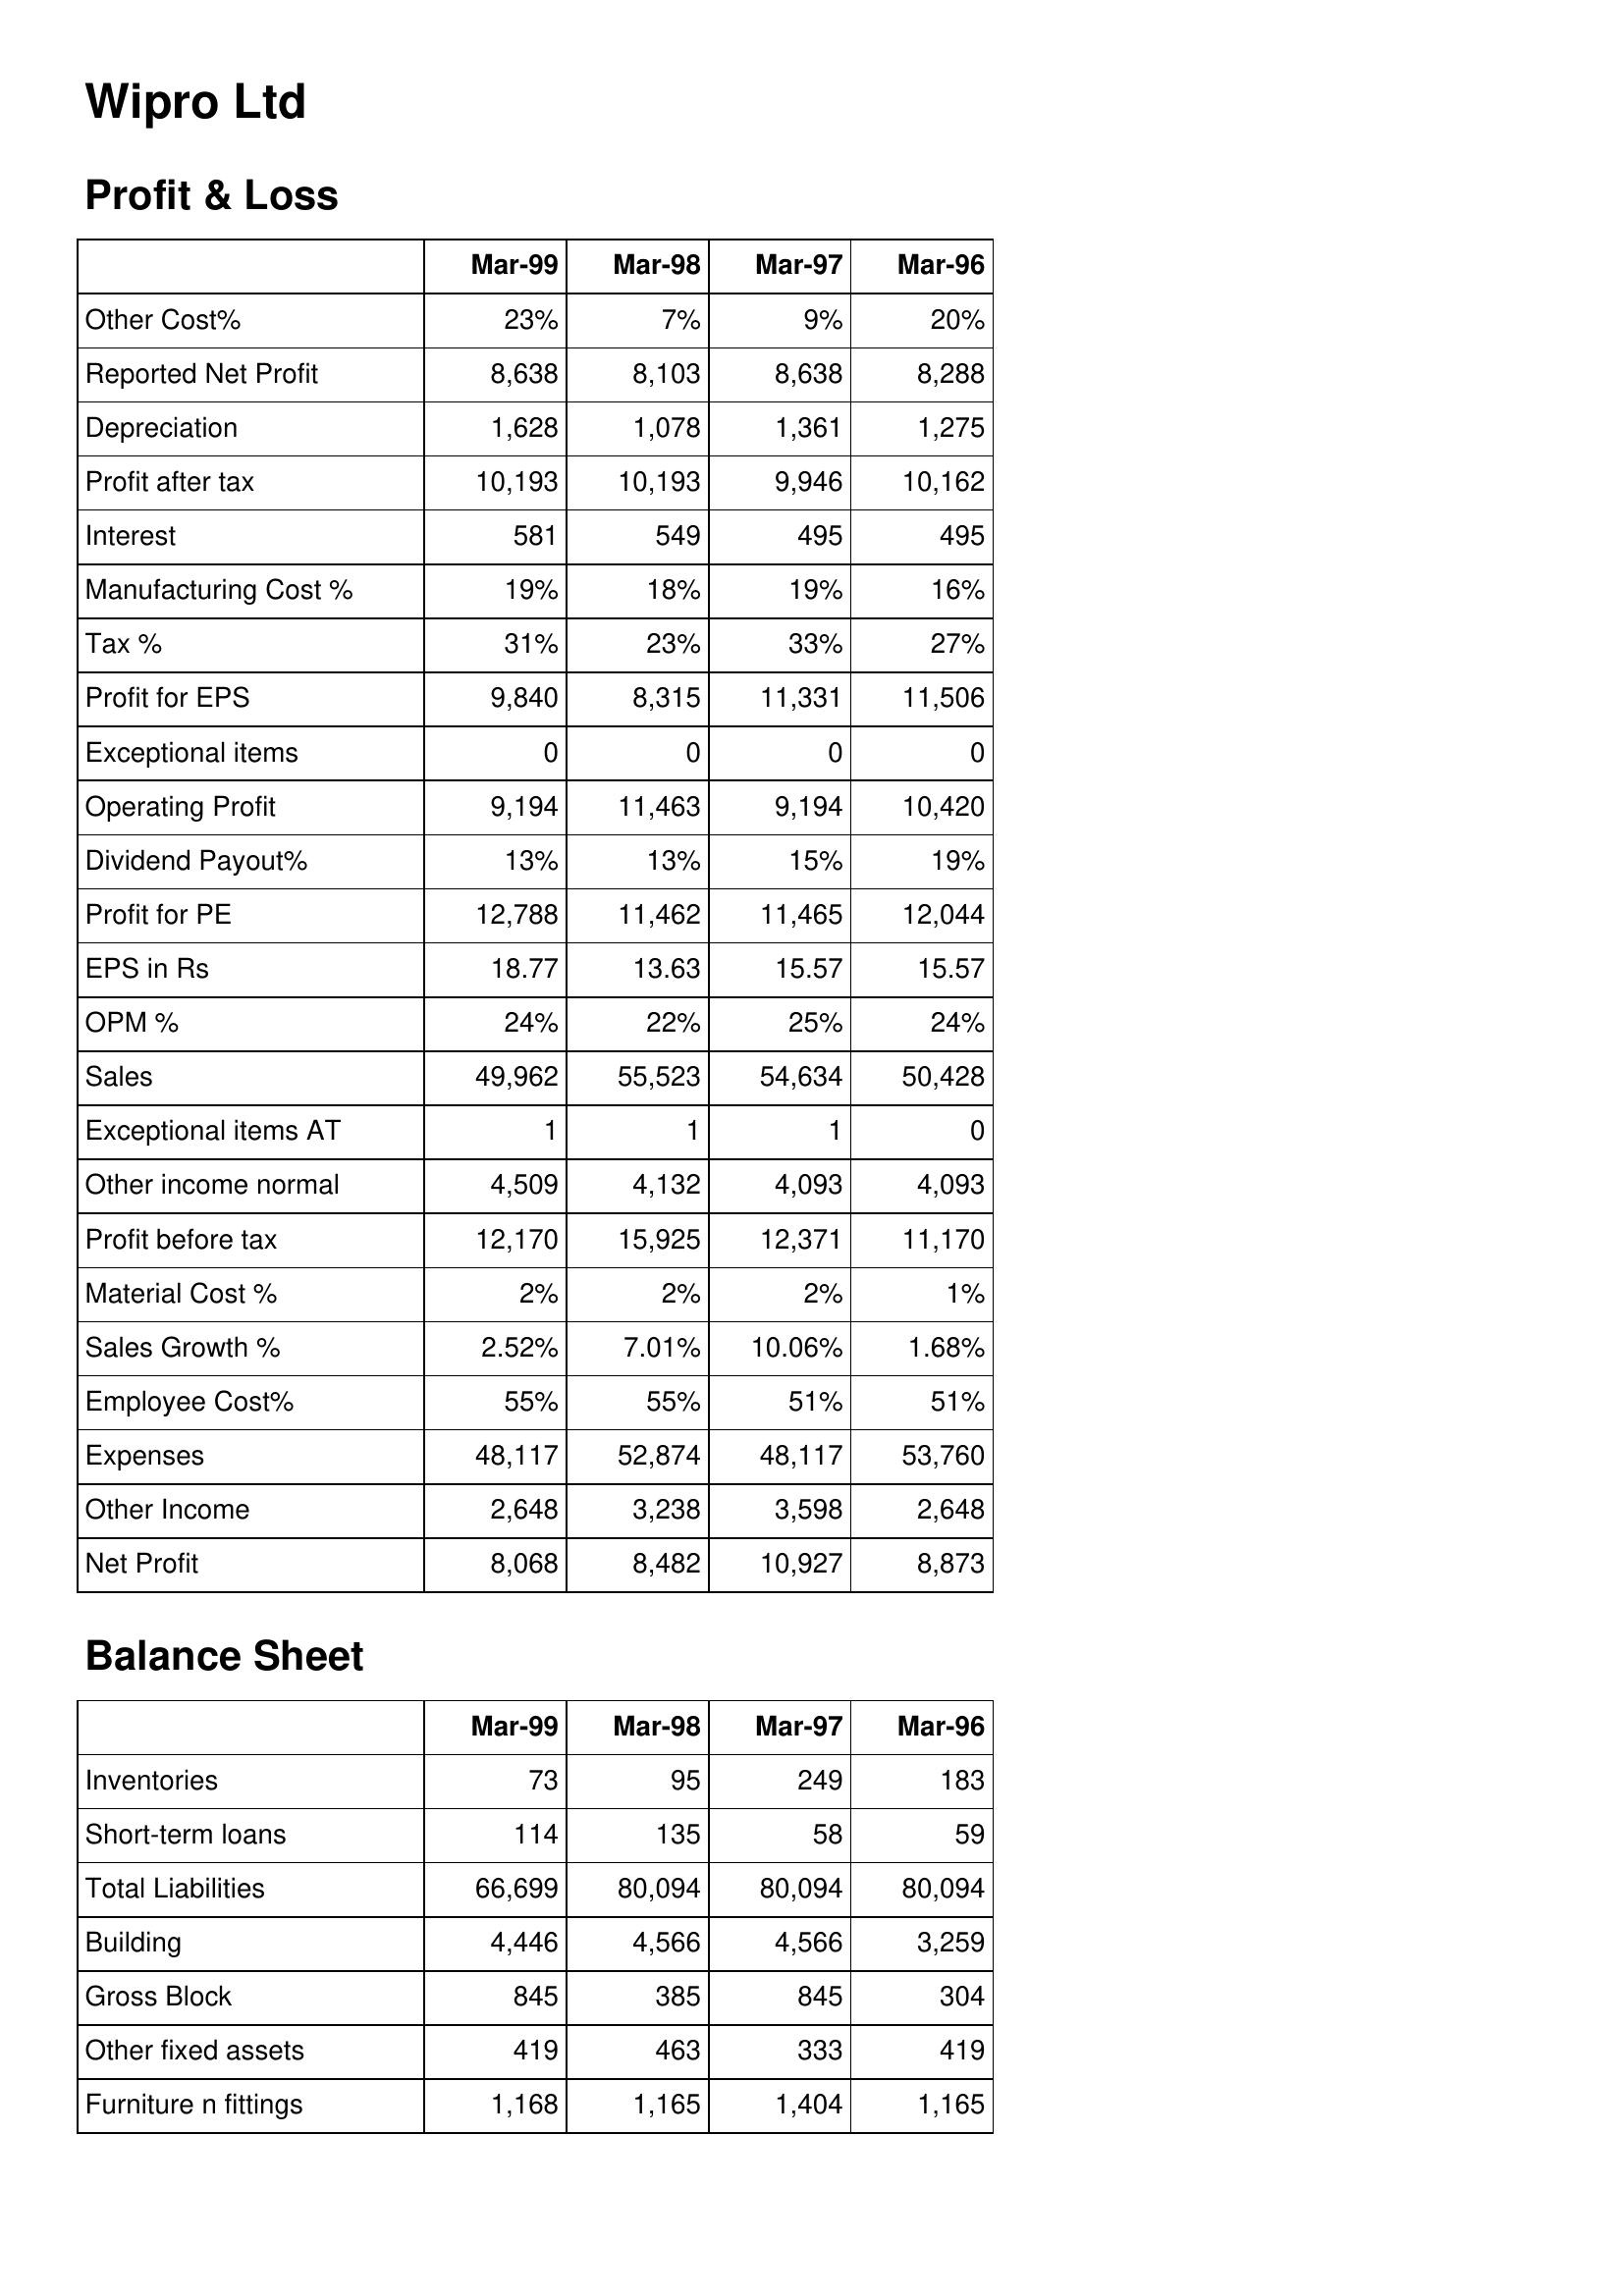
Mar-99: Profit & Loss: Other Cost%: 23%
Reported Net Profit: 8,638
Depreciation: 1,628
Profit after tax: 10,193
Interest: 581
Manufacturing Cost %: 19%
Tax %: 31%
Profit for EPS: 9,840
Exceptional items: 0
Operating Profit: 9,194
Dividend Payout%: 13%
Profit for PE: 12,788
EPS in Rs: 18.77
OPM %: 24%
Sales: 49,962
Exceptional items AT: 1
Other income normal: 4,509
Profit before tax: 12,170
Material Cost %: 2%
Sales Growth %: 2.52%
Employee Cost%: 55%
Expenses: 48,117
Other Income: 2,648
Net Profit: 8,068
Balance Sheet: Inventories: 73
Short-term loans: 114
Total Liabilities: 66,699
Building: 4,446
Gross Block: 845
Other fixed assets: 419
Furniture n fittings: 1,168
Mar-98: Profit & Loss: Other Cost%: 7%
Reported Net Profit: 8,103
Depreciation: 1,078
Profit after tax: 10,193
Interest: 549
Manufacturing Cost %: 18%
Tax %: 23%
Profit for EPS: 8,315
Exceptional items: 0
Operating Profit: 11,463
Dividend Payout%: 13%
Profit for PE: 11,462
EPS in Rs: 13.63
OPM %: 22%
Sales: 55,523
Exceptional items AT: 1
Other income normal: 4,132
Profit before tax: 15,925
Material Cost %: 2%
Sales Growth %: 7.01%
Employee Cost%: 55%
Expenses: 52,874
Other Income: 3,238
Net Profit: 8,482
Balance Sheet: Inventories: 95
Short-term loans: 135
Total Liabilities: 80,094
Building: 4,566
Gross Block: 385
Other fixed assets: 463
Furniture n fittings: 1,165
Mar-97: Profit & Loss: Other Cost%: 9%
Reported Net Profit: 8,638
Depreciation: 1,361
Profit after tax: 9,946
Interest: 495
Manufacturing Cost %: 19%
Tax %: 33%
Profit for EPS: 11,331
Exceptional items: 0
Operating Profit: 9,194
Dividend Payout%: 15%
Profit for PE: 11,465
EPS in Rs: 15.57
OPM %: 25%
Sales: 54,634
Exceptional items AT: 1
Other income normal: 4,093
Profit before tax: 12,371
Material Cost %: 2%
Sales Growth %: 10.06%
Employee Cost%: 51%
Expenses: 48,117
Other Income: 3,598
Net Profit: 10,927
Balance Sheet: Inventories: 249
Short-term loans: 58
Total Liabilities: 80,094
Building: 4,566
Gross Block: 845
Other fixed assets: 333
Furniture n fittings: 1,404
Mar-96: Profit & Loss: Other Cost%: 20%
Reported Net Profit: 8,288
Depreciation: 1,275
Profit after tax: 10,162
Interest: 495
Manufacturing Cost %: 16%
Tax %: 27%
Profit for EPS: 11,506
Exceptional items: 0
Operating Profit: 10,420
Dividend Payout%: 19%
Profit for PE: 12,044
EPS in Rs: 15.57
OPM %: 24%
Sales: 50,428
Exceptional items AT: 0
Other income normal: 4,093
Profit before tax: 11,170
Material Cost %: 1%
Sales Growth %: 1.68%
Employee Cost%: 51%
Expenses: 53,760
Other Income: 2,648
Net Profit: 8,873
Balance Sheet: Inventories: 183
Short-term loans: 59
Total Liabilities: 80,094
Building: 3,259
Gross Block: 304
Other fixed assets: 419
Furniture n fittings: 1,165